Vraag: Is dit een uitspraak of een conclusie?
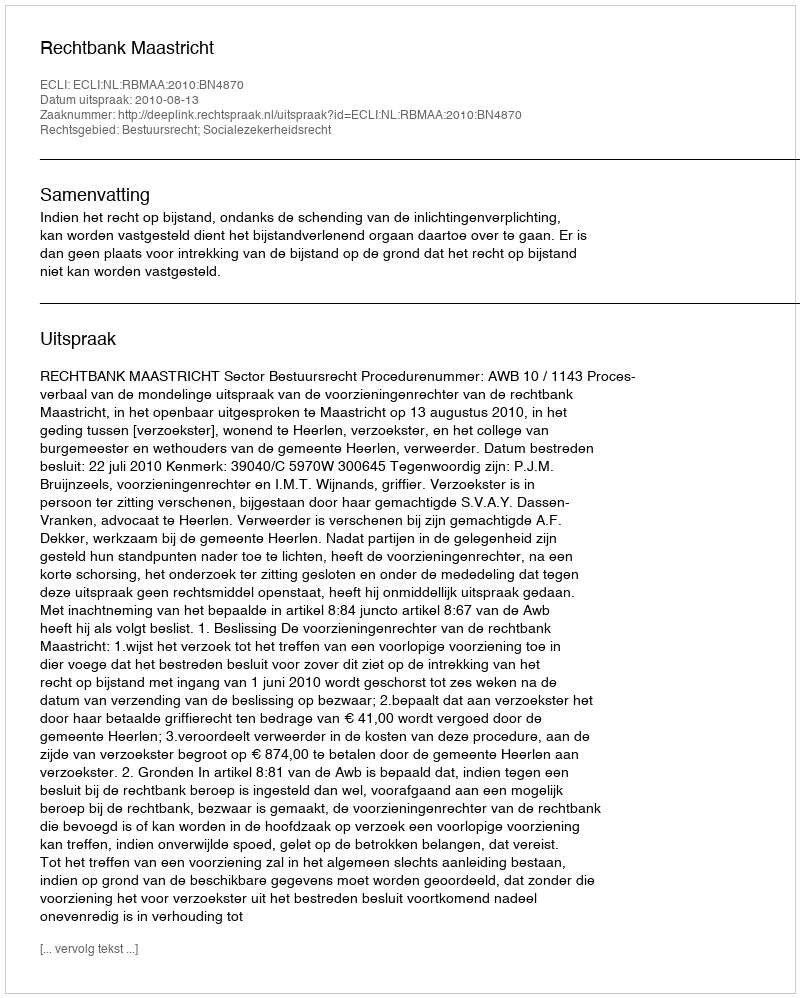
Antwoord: Uitspraak